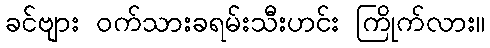
ခင်ဗျား ဝက်သားခရမ်းသီးဟင်း ကြိုက်လား။